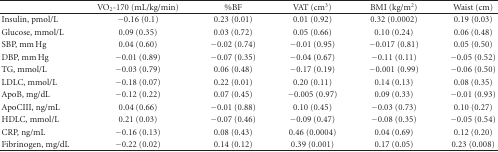
|  | VO2-170 (mL/kg/min) | %BF | VAT (cm3) | BMI (kg/m2) | Waist (cm) |
 | --- | --- | --- | --- | --- | --- |
 | Insulin, pmol/L | −0.16 (0.1) | 0.23 (0.01) | 0.01 (0.92) | 0.32 (0.0002) | 0.19 (0.03) |
 | Glucose, mmol/L | 0.09 (0.35) | 0.03 (0.72) | 0.05 (0.66) | 0.10 (0.24) | 0.06 (0.48) |
 | SBP, mm Hg | 0.04 (0.60) | −0.02 (0.74) | −0.01 (0.95) | −0.017 (0.81) | 0.05 (0.50) |
 | DBP, mm Hg | −0.01 (0.89) | −0.07 (0.35) | −0.04 (0.67) | −0.11 (0.11) | −0.05 (0.52) |
 | TG, mmol/L | −0.03 (0.79) | 0.06 (0.48) | −0.17 (0.19) | −0.001 (0.99) | −0.06 (0.50) |
 | LDLC, mmol/L | −0.18 (0.07) | 0.22 (0.01) | 0.20 (0.11) | 0.14 (0.13) | 0.08 (0.35) |
 | ApoB, mg/dL | −0.12 (0.22) | 0.07 (0.45) | −0.005 (0.97) | 0.09 (0.33) | −0.01 (0.93) |
 | ApoCIII, ng/mL | 0.04 (0.66) | −0.01 (0.88) | 0.10 (0.45) | −0.03 (0.73) | 0.10 (0.27) |
 | HDLC, mmol/L | 0.21 (0.03) | −0.07 (0.46) | −0.09 (0.47) | −0.08 (0.35) | −0.05 (0.54) |
 | CRP, ng/mL | −0.16 (0.13) | 0.08 (0.43) | 0.46 (0.0004) | 0.04 (0.69) | 0.12 (0.20) |
 | Fibrinogen, mg/dL | −0.22 (0.02) | 0.14 (0.12) | 0.39 (0.001) | 0.17 (0.05) | 0.23 (0.008) |